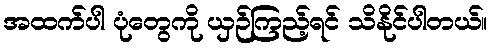
အထက်ပါ ပုံတွေကို ယှဉ်ကြည့်ရင် သိနိုင်ပါတယ်။